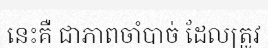
នេះគឺ ជាភាពចាំបាច់ ដែលត្រូវ